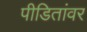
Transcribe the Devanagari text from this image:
पीडितांवर